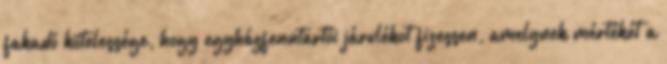
fakadó kötelessége, hogy egyházfenntartói járulékot fizessen, amelynek mértékét a